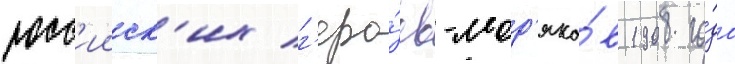
росс'ииск'их г'еро́ев-мор'яко́в 1908 го́да